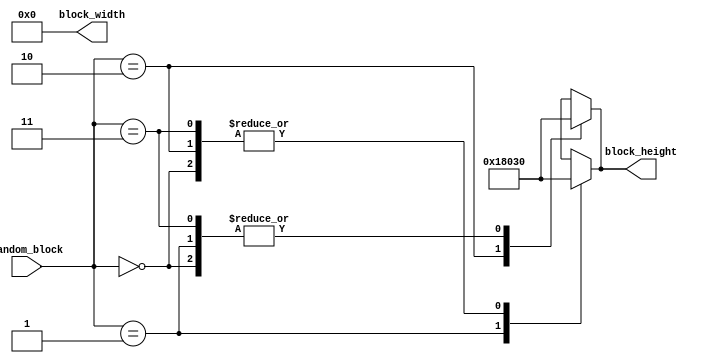
module randomizer(random_block, block_height, block_width);
    input [1:0] random_block;
    output [9:0] block_height;
    output [8:0] block_width;

    reg [9:0] block_height = 0;
    reg [8:0] block_width = 0;
    
    always @(random_block, block_height)
    begin
        case(random_block)
            2'b00 : block_height = 48;
            2'b01 : block_height = 48;
            2'b10 : block_height = 96;
            2'b11 : block_height = 48;
        endcase
    end
    
    always @(random_block, block_width)
    begin
        case(random_block)
            2'b00 : block_height = 48;
            2'b01 : block_height = 96;
            2'b10 : block_height = 48;
            2'b11 : block_height = 48;
        endcase
    end
   
endmodule